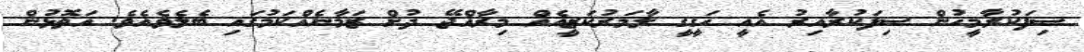
ސިފަކުރާމީހުން ސިފަކުރާއިރު އެއީ ހަގީގީ ލާމަރުކަޒީއެއް މިރާއްޖޭ ދުށް ޒަމާނެއްކަމުގައި ބެލެވެއެވެ. އަތޮޅުން